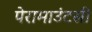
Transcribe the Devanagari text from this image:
पेरामाउंटसी